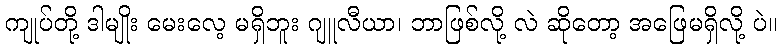
ကျုပ်တို့ ဒါမျိုး မေးလေ့ မရှိဘူး ဂျူလီယာ၊ ဘာဖြစ်လို့ လဲ ဆိုတော့ အဖြေမရှိလို့ ပဲ။